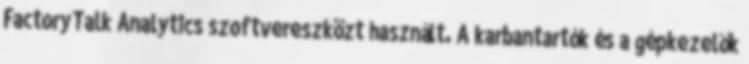
FactoryTalk Analytics szoftvereszközt használt. A karbantartók és a gépkezelők